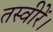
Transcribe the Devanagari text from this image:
तस्वीरें।